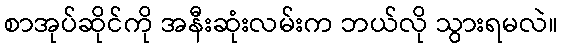
စာအုပ်ဆိုင်ကို အနီးဆုံးလမ်းက ဘယ်လို သွားရမလဲ။